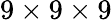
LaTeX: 9\times 9\times 9